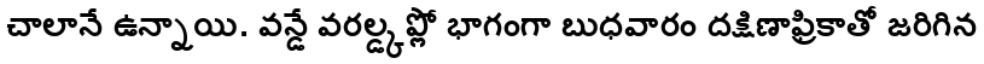
చాలానే ఉన్నాయి. వన్డే వరల్డ్కప్లో భాగంగా బుధవారం దక్షిణాఫ్రికాతో జరిగిన